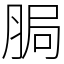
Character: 䏱